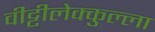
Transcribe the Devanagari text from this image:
वीट्टीलेक्कुल्ला